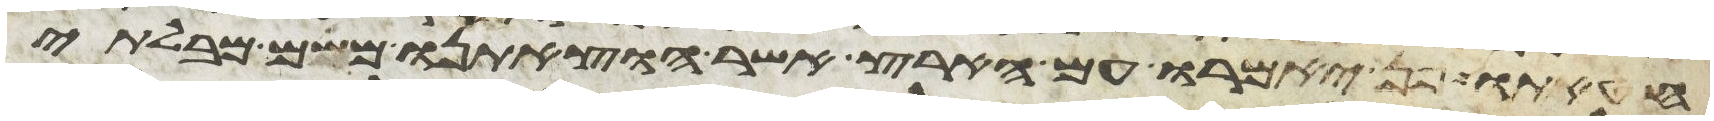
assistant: חטאתו פן יאמרו עם הארץ אשר הוצאתנו משם מבלתי